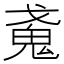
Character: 𢧩